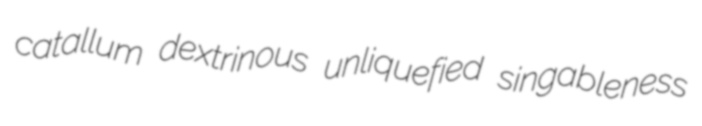
catallum dextrinous unliquefied singableness